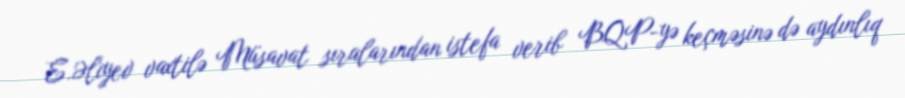
E.Əliyev vaxtilə Müsavat sıralarından istefa verib BQP-yə keçməsinə də aydınlıq